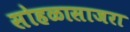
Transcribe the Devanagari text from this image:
सोहळासाजरा